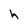
Character: h